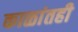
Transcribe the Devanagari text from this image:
काळांतही